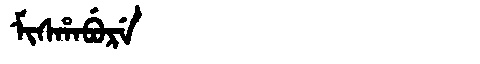
Manchu: ᠮᡳᠰᡥᠠᠪᡠᡵᡝ
Romanization: MISHABURE